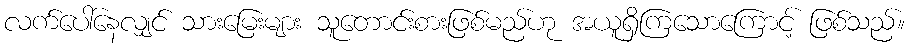
လက်ပေါ်နေလျှင် သားမြေးများ သူတောင်းစားဖြစ်မည်ဟု အယူရှိကြသောကြောင့် ဖြစ်သည်။